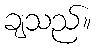
ချသည်။